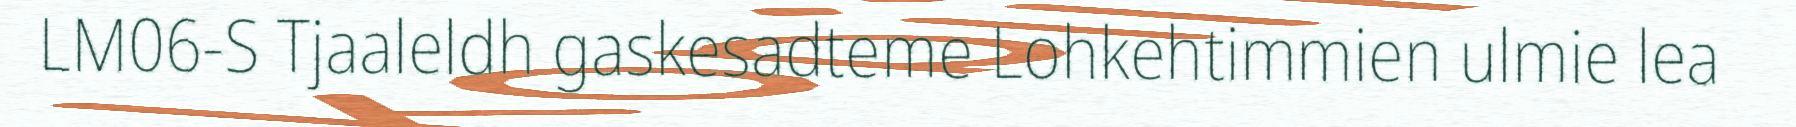
LM06-S Tjaaleldh gaskesadteme Lohkehtimmien ulmie lea